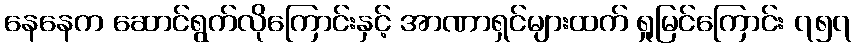
နေနေက ဆောင်ရွက်လိုကြောင်းနှင့် အာဏာရှင်များထက် ရှုမြင်ကြောင်း ၇၅၇